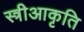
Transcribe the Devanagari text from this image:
स्त्रीआकृति